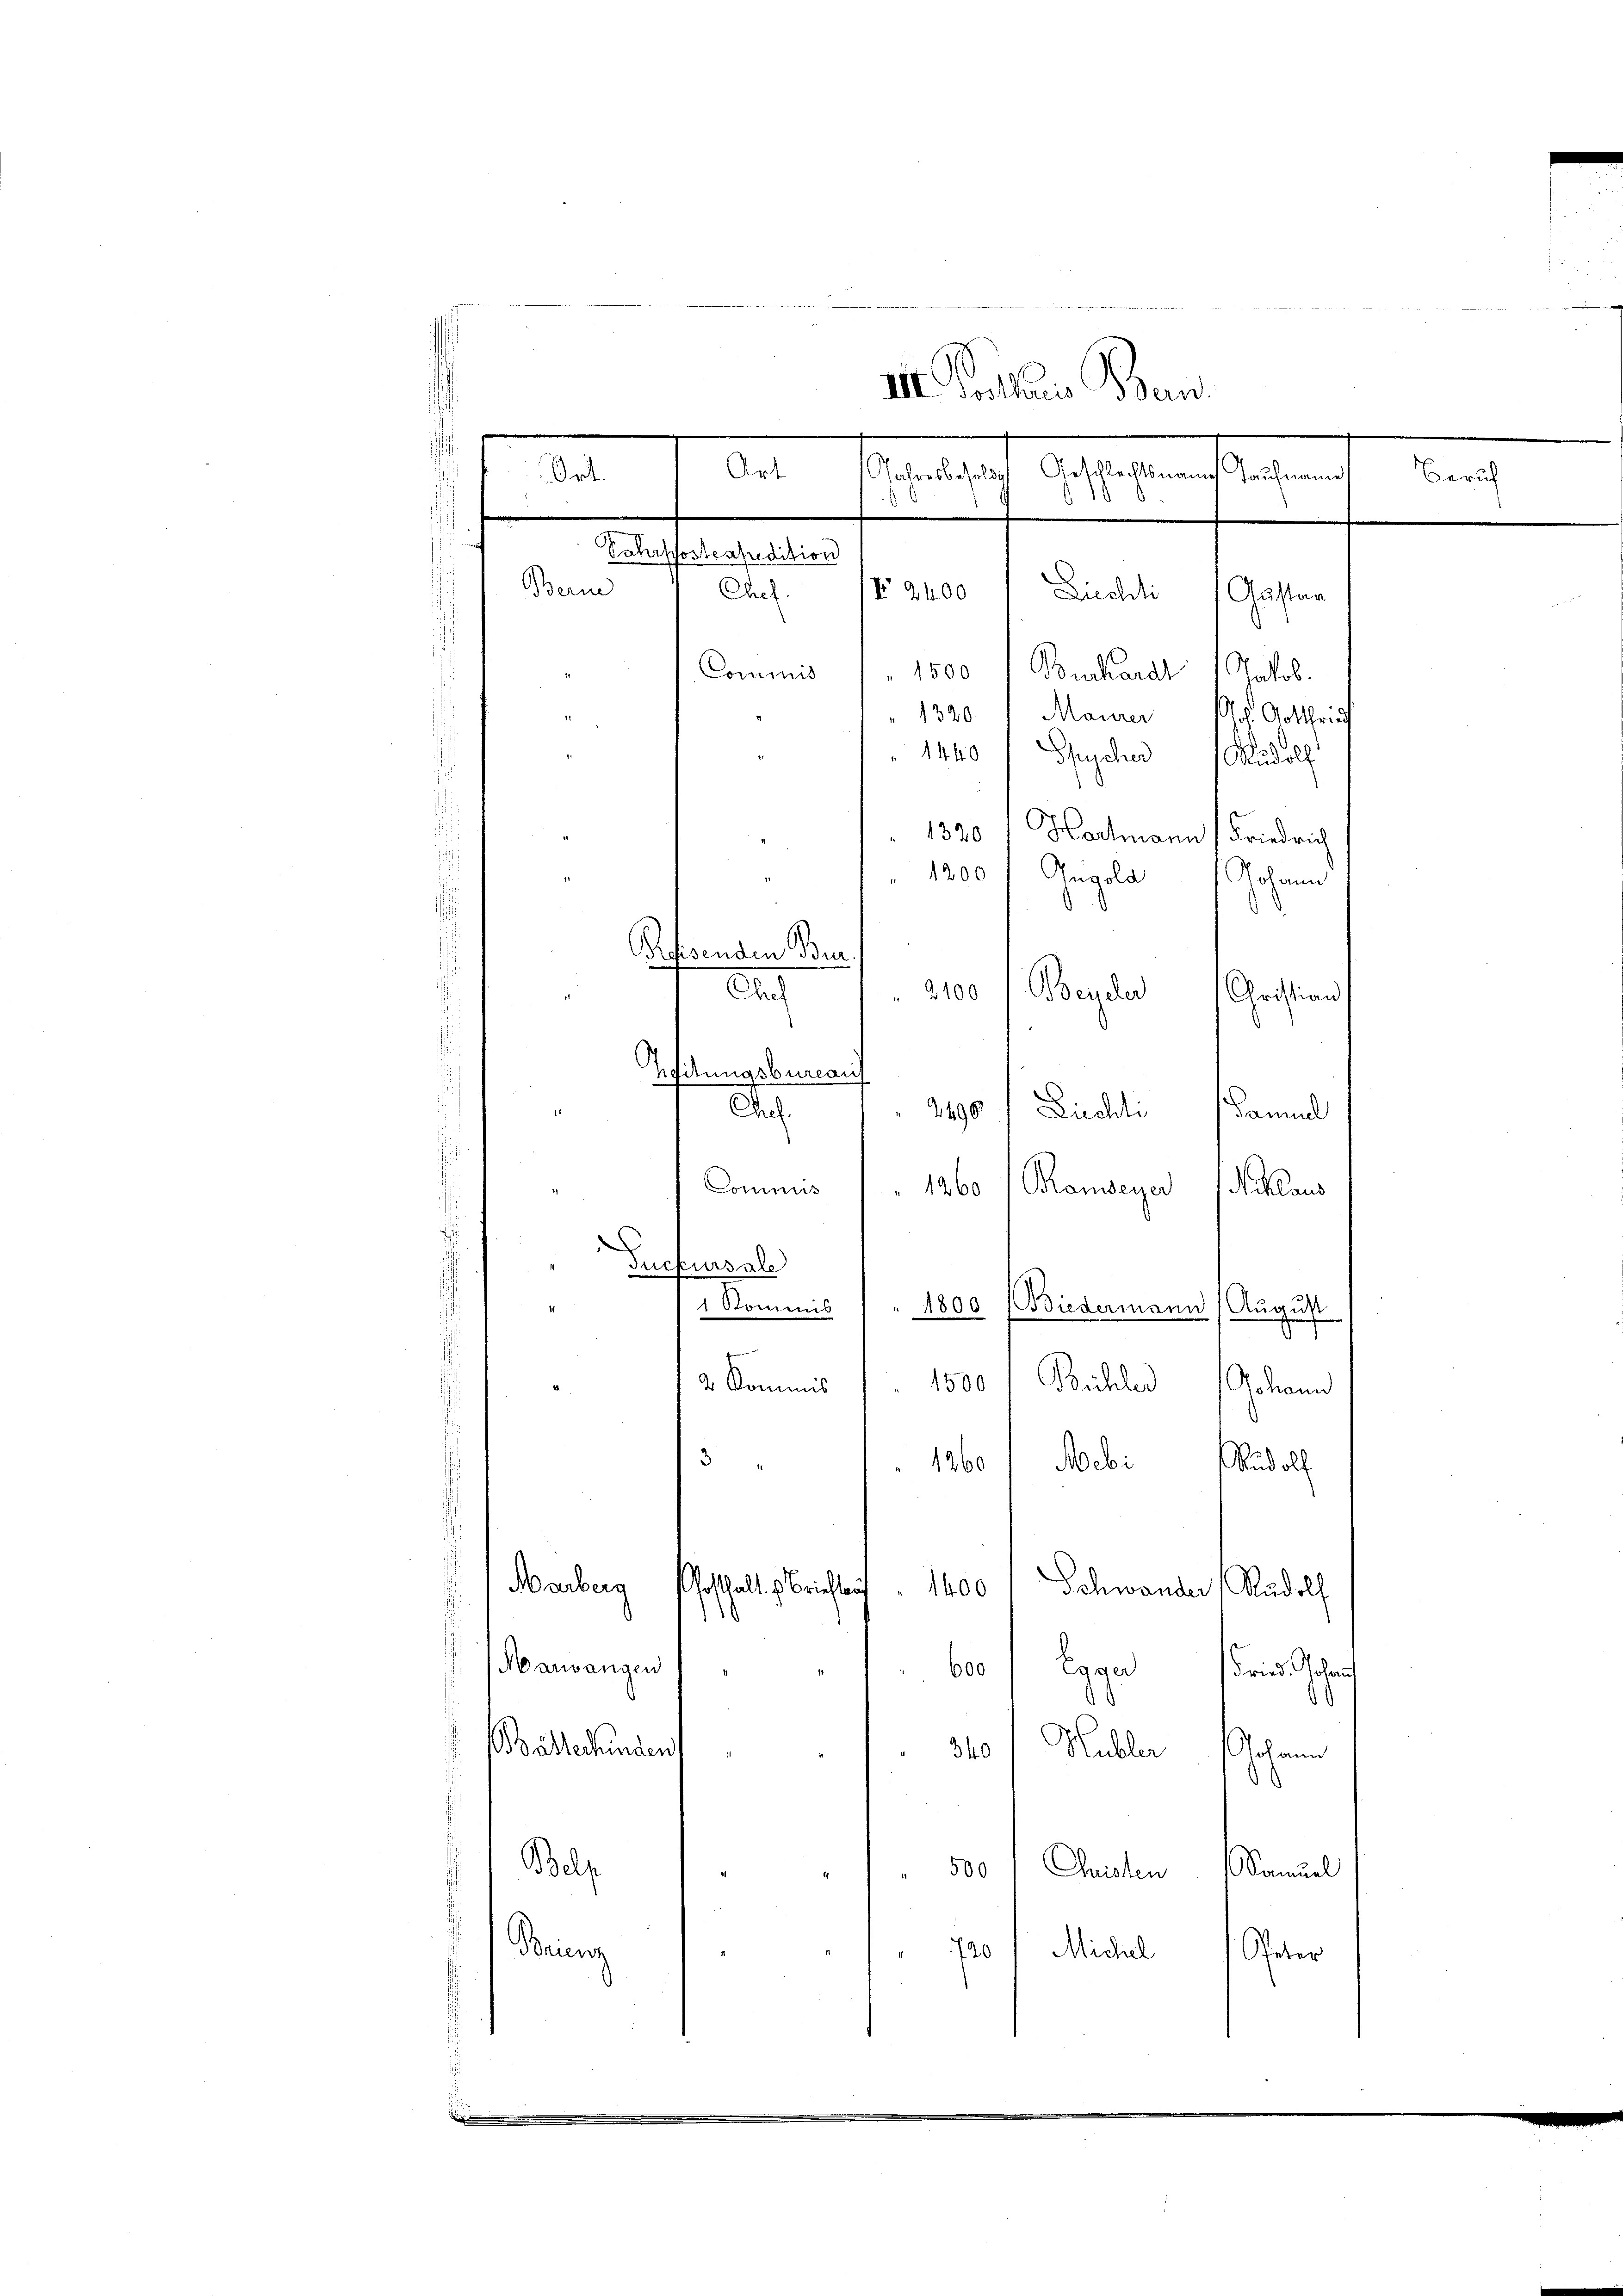
Beri
Chef
1500 " Buchardt 1 Jakob.
Commis
1320 " Maurer l. Gotthei
1440 f Buscher Rudolf
1320 1 Hartmann Friedrich
 1200 Gugola
Johann
Reuhsenden Bra
Beyder
2400
Chul
Christian
Zeitungsbureau
Chel.
Züchti
2496
Samuel
Conimus 1860
Ramseyer
klaus
.
Suckursale
Kommis " " 1800 (Biedermann
August
s
f
1500 l Bichler Johann
2 Kommis
3
Mebi
1260
udolf
Marberg
Gotthalt s. Brieftan
1400
Schwander Rudolf
Manvangen
600 / Egger Fried. Johann
.
Bälle hinden
Hubler
340
Johann
d
.
Bolz
Christen Samuel
 500
ung
740
Michel
Peter

i

d
III. Petaris Baus
1
Art
Jahresbesolds Geschlechtsname Haufname
Ort.
10
Sahrpostrapedition

Liechli
F 2400

Gustan

Zürich